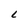
Character: L